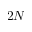
2 N